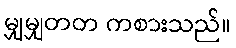
မျှမျှတတ ကစားသည်။